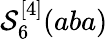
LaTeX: \mathcal{S}_{6}^{[4]}(aba)